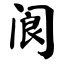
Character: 阆